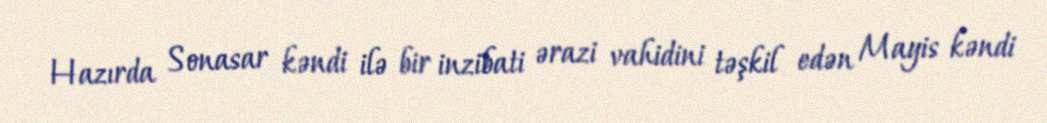
Hazırda Sonasar kəndi ilə bir inzibati ərazi vahidini təşkil edən Mayis kəndi